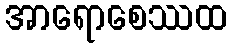
အာရောစေဿထ